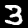
Label: 3